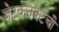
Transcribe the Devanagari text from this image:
जेटकनेक्टची